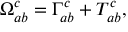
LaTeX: \Omega _ { a b } ^ { c } = \Gamma _ { a b } ^ { c } + T _ { a b } ^ { c } ,